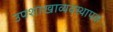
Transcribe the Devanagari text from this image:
उपशाखाव्यवस्थापक